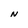
Character: N